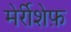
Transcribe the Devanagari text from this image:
मेर्रीशेफ़